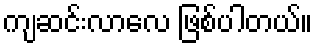
ကျဆင်းလာလေ ဖြစ်ပါတယ်။